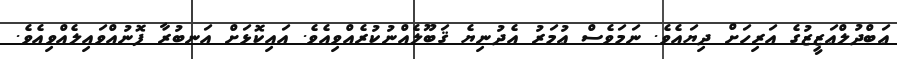
ޢަބްދުލްޢަޒީޒުގެ އަރިހަށް ދިޔައެވެ. ނަމަވެސް ޢުމަރު އެދުނިޔެ ޤަބޫލެއްނުކުރެއްވިއެވެ. އައިކޮޅަށް އަނބުރާ ފޮނުއްވައިލެއްވިއެވެ.